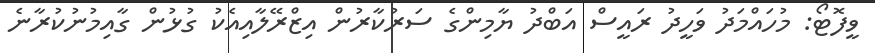
ވީފޮޓޯ: މުހައްމަދު ވަހީދު ރައީސް އަބްދު ޔާމިންގެ ސަރުކާރުން އިޒްރޭލާއިއެކު ގުޅުން ގާއިމުނުކުރާނެ